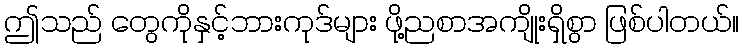
ဤသည် တွေကိုနှင့်ဘားကုဒ်များ ဖို့ညစာအကျိုးရှိစွာ ဖြစ်ပါတယ်။